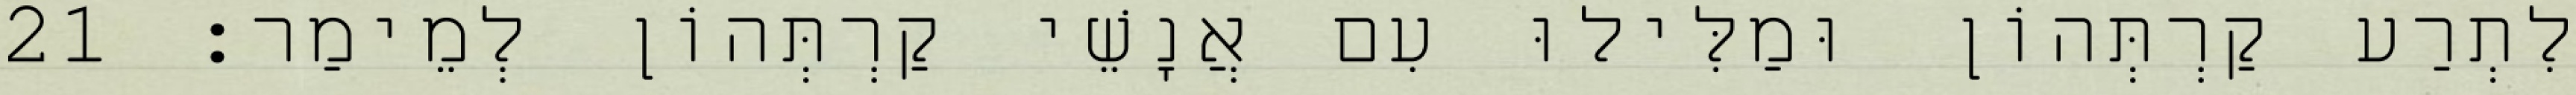
לִתְרַע קַרְתְּהוֹן וּמַלִּילוּ עִם אֲנָשֵׁי קַרְתְּהוֹן לְמֵימַר׃ 21